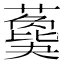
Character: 𦿙